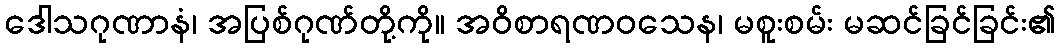
ဒေါသဂုဏာနံ၊ အပြစ်ဂုဏ်တို့ကို။ အဝိစာရဏဝသေန၊ မစူးစမ်း မဆင်ခြင်ခြင်း၏